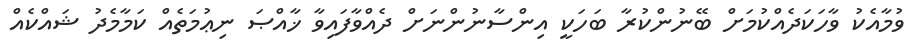
ވުމާއެކު ވާހަކަދެއްކުމަށް ބޭނުންކުރާ ބަހަކީ އިންސާނުންނަށް ދެއްވާފައިވާ ޚާއްޞަ ނިޢުމަތެއް ކަމާމެދު ޝައްކެއް